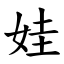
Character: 娃